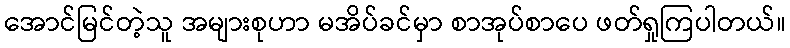
အောင်မြင်တဲ့သူ အများစုဟာ မအိပ်ခင်မှာ စာအုပ်စာပေ ဖတ်ရှုကြပါတယ်။